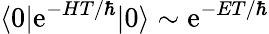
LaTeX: \langle0|\mathrm{e}^{-HT/\hbar}|0\rangle\sim\mathrm{e}^{-ET/\hbar}